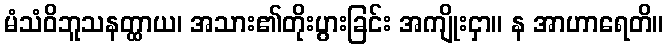
မံသံဝိဘူသနတ္ထာယ၊ အသား၏တိုးပွားခြင်း အကျိုးငှာ။ န အာဟာရေတိ။